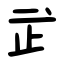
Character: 㱐